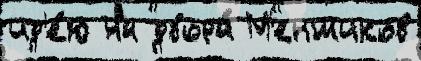
ид'е́ю на двора́ М'еншиков